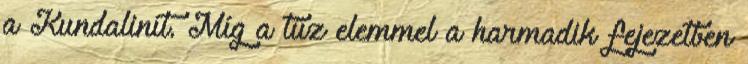
a Kundalinít. Míg a tűz elemmel a harmadik fejezetben